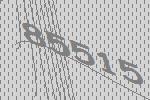
85515